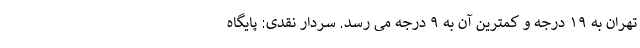
تهران به ۱۹ درجه و کمترین آن به ۹ درجه می رسد. سردار نقدی: پایگاه